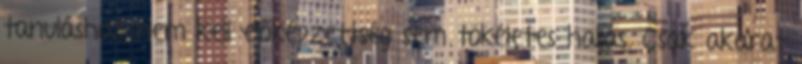
tanuláshoz nem kell előképzettség sem tökéletes hallás. Csak akarat